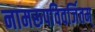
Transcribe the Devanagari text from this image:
नामरूपविवर्जितम्